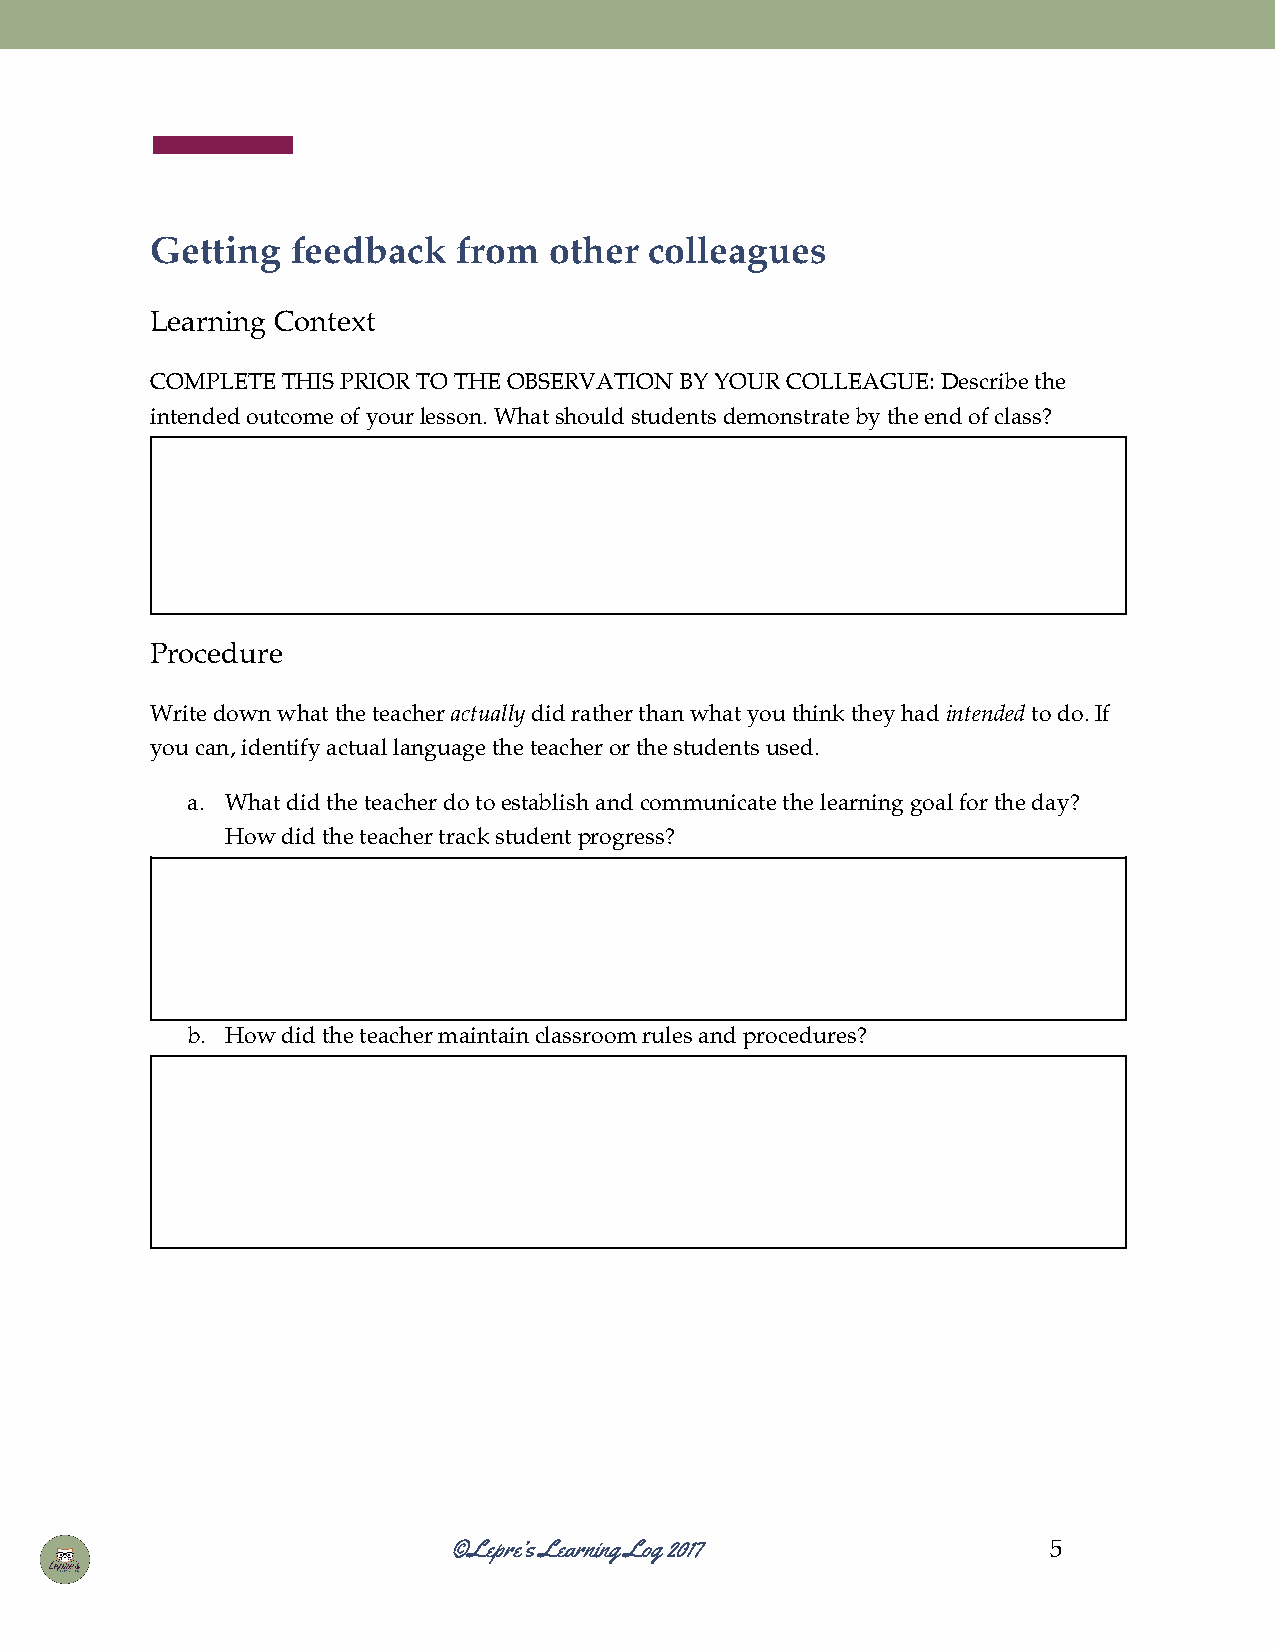
Getting  feedback   from  other  colleagues
 ​ ​        ​ ​   ​ ​   ​ ​
 Learning Context
 ​ ​
 COMPLETE THIS PRIOR TO THE OBSERVATION BY YOUR COLLEAGUE: Describe the
 ​​  ​​   ​​ ​​ ​​          ​​ ​​  ​​        ​​    ​​
 intended outcome of your lesson. What should students demonstrate by the end of class?
 ​​    ​​ ​​ ​​  ​​  ​​   ​​    ​​       ​​ ​​ ​​ ​​ ​​
 Procedure
 Write down what the teacher actually did rather than what you think they had intended to do. If
 ​​  ​​  ​​ ​​  ​​​  ​​​ ​​  ​​ ​​  ​​ ​​  ​​ ​​ ​​​   ​​​ ​​ ​​
 you can, identify actual language the teacher or the students used.
 ​​ ​​   ​​   ​​    ​​ ​​   ​​ ​​ ​​  ​​
 a. What did the teacher do to establish and communicate the learning goal for the day?
 ​​ ​​ ​​  ​​ ​​ ​​  ​​ ​​       ​​ ​​    ​​ ​​ ​​ ​​
 How did the teacher track student progress?
 ​​ ​​ ​​   ​​ ​​    ​​
 b. How did the teacher maintain classroom rules and procedures?
 ​​ ​​ ​​   ​​    ​​     ​​  ​​ ​​
 ©Lepre’s Learning Log 2017              5
 ​​    ​​ ​​